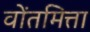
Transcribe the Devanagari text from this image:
वोंतमित्ता